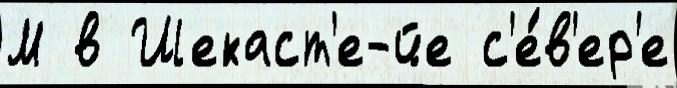
М в Шекаст'е-йе с'е́в'ер'е